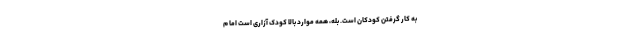
به کار گرفتن کودکان است. بله، همه موارد بالا کودک آزاری است اما م